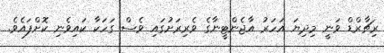
ރިޗާރްޑް ވަނީ މިދިޔަ އަހަރު އާޖެންޓީނާގެ ވެރިރަށުގައި ވެސް ގަހަކާ ކައިވެނި ކޮށްފައެވެ.